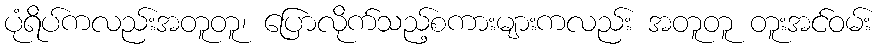
ပုံရိပ်ကလည်းအတူတူ၊ ပြောလိုက်သည့်စကားများကလည်း အတူတူ တူးအင်ဝမ်း